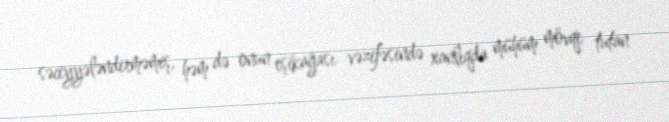
səciyyələndirməmiş, həm də onun eşikağası vəzifəsində xanlıqda mühüm mövqe tutan